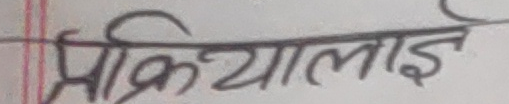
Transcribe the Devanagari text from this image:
प्रक्रियालाई